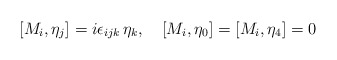
\begin{align*} [M_i, \eta_j] = i\epsilon_{ijk}\, \eta_k, \quad [M_i, \eta_0]=[M_i, \eta_4] =0\end{align*}